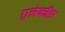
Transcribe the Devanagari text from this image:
एलेक्जैंडर